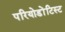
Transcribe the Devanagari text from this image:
परियोडोंटिस्ट